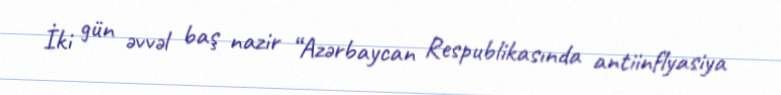
İki gün əvvəl baş nazir “Azərbaycan Respublikasında antiinflyasiya